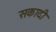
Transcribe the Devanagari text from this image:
सकादी